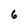
Character: 6